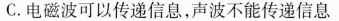
C.电磁波可以传递信息，声波不能传递信息